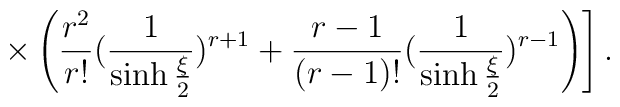
\left.\times\left( \frac{r^{2}}{r!}( \frac{1}{\sinh {\xi\over 2}}) ^{r+1} + \frac{r-1}{(r-1)!} ( \frac{1}{\sinh{\xi \over 2} }) ^{r-1} \right) \right] .